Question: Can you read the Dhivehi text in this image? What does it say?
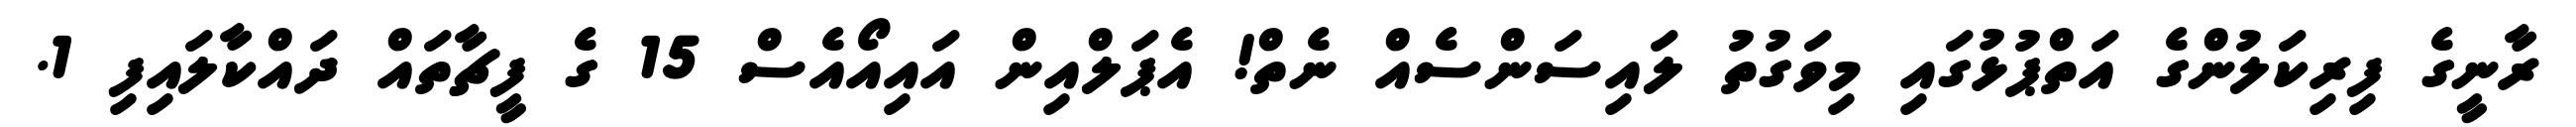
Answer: ރާނީގެ ފިރިކަލުންގެ އަތްޕުޅުގައި މިވަގުތު ލައިސަންސެއް ނެތް! އެޕަލްއިން އައިއޯއެސް 15 ގެ ފީޗާތައް ދައްކާލައިފި 1.